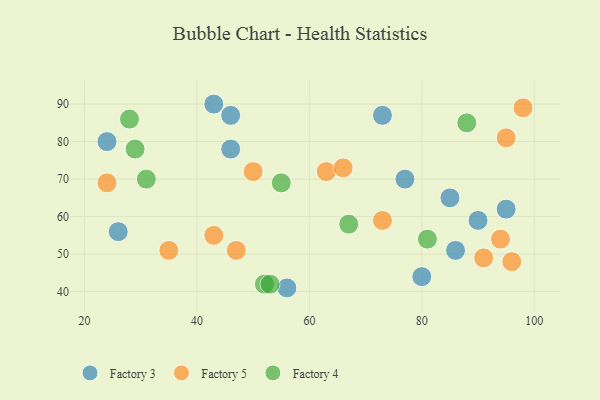
{"axis": {"x": "GDP", "y": "Life Expectancy"}, "legend": ["Factory 3", "Factory 4", "Factory 5"], "data": [{"x": "95", "y": 62, "type": "Factory 3"}, {"x": "86", "y": 51, "type": "Factory 3"}, {"x": "26", "y": 56, "type": "Factory 3"}, {"x": "56", "y": 41, "type": "Factory 3"}, {"x": "90", "y": 59, "type": "Factory 3"}, {"x": "77", "y": 70, "type": "Factory 3"}, {"x": "46", "y": 87, "type": "Factory 3"}, {"x": "24", "y": 80, "type": "Factory 3"}, {"x": "85", "y": 65, "type": "Factory 3"}, {"x": "73", "y": 87, "type": "Factory 3"}, {"x": "80", "y": 44, "type": "Factory 3"}, {"x": "46", "y": 78, "type": "Factory 3"}, {"x": "43", "y": 90, "type": "Factory 3"}, {"x": "98", "y": 89, "type": "Factory 5"}, {"x": "24", "y": 69, "type": "Factory 5"}, {"x": "35", "y": 51, "type": "Factory 5"}, {"x": "50", "y": 72, "type": "Factory 5"}, {"x": "63", "y": 72, "type": "Factory 5"}, {"x": "73", "y": 59, "type": "Factory 5"}, {"x": "95", "y": 81, "type": "Factory 5"}, {"x": "43", "y": 55, "type": "Factory 5"}, {"x": "91", "y": 49, "type": "Factory 5"}, {"x": "94", "y": 54, "type": "Factory 5"}, {"x": "47", "y": 51, "type": "Factory 5"}, {"x": "96", "y": 48, "type": "Factory 5"}, {"x": "66", "y": 73, "type": "Factory 5"}, {"x": "29", "y": 78, "type": "Factory 4"}, {"x": "31", "y": 70, "type": "Factory 4"}, {"x": "67", "y": 58, "type": "Factory 4"}, {"x": "81", "y": 54, "type": "Factory 4"}, {"x": "52", "y": 42, "type": "Factory 4"}, {"x": "88", "y": 85, "type": "Factory 4"}, {"x": "53", "y": 42, "type": "Factory 4"}, {"x": "55", "y": 69, "type": "Factory 4"}, {"x": "28", "y": 86, "type": "Factory 4"}]}